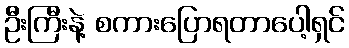
ဦးကြီးနဲ့ စကားပြောရတာပေါ့ရှင်